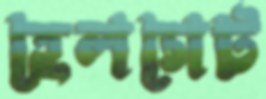
হেলগেট